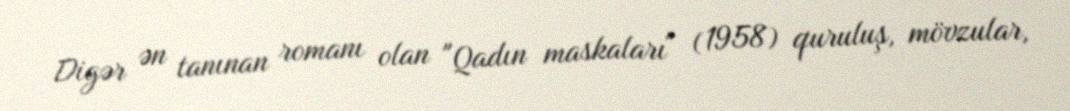
Digər ən tanınan romanı olan "Qadın maskaları" (1958) quruluş, mövzular,